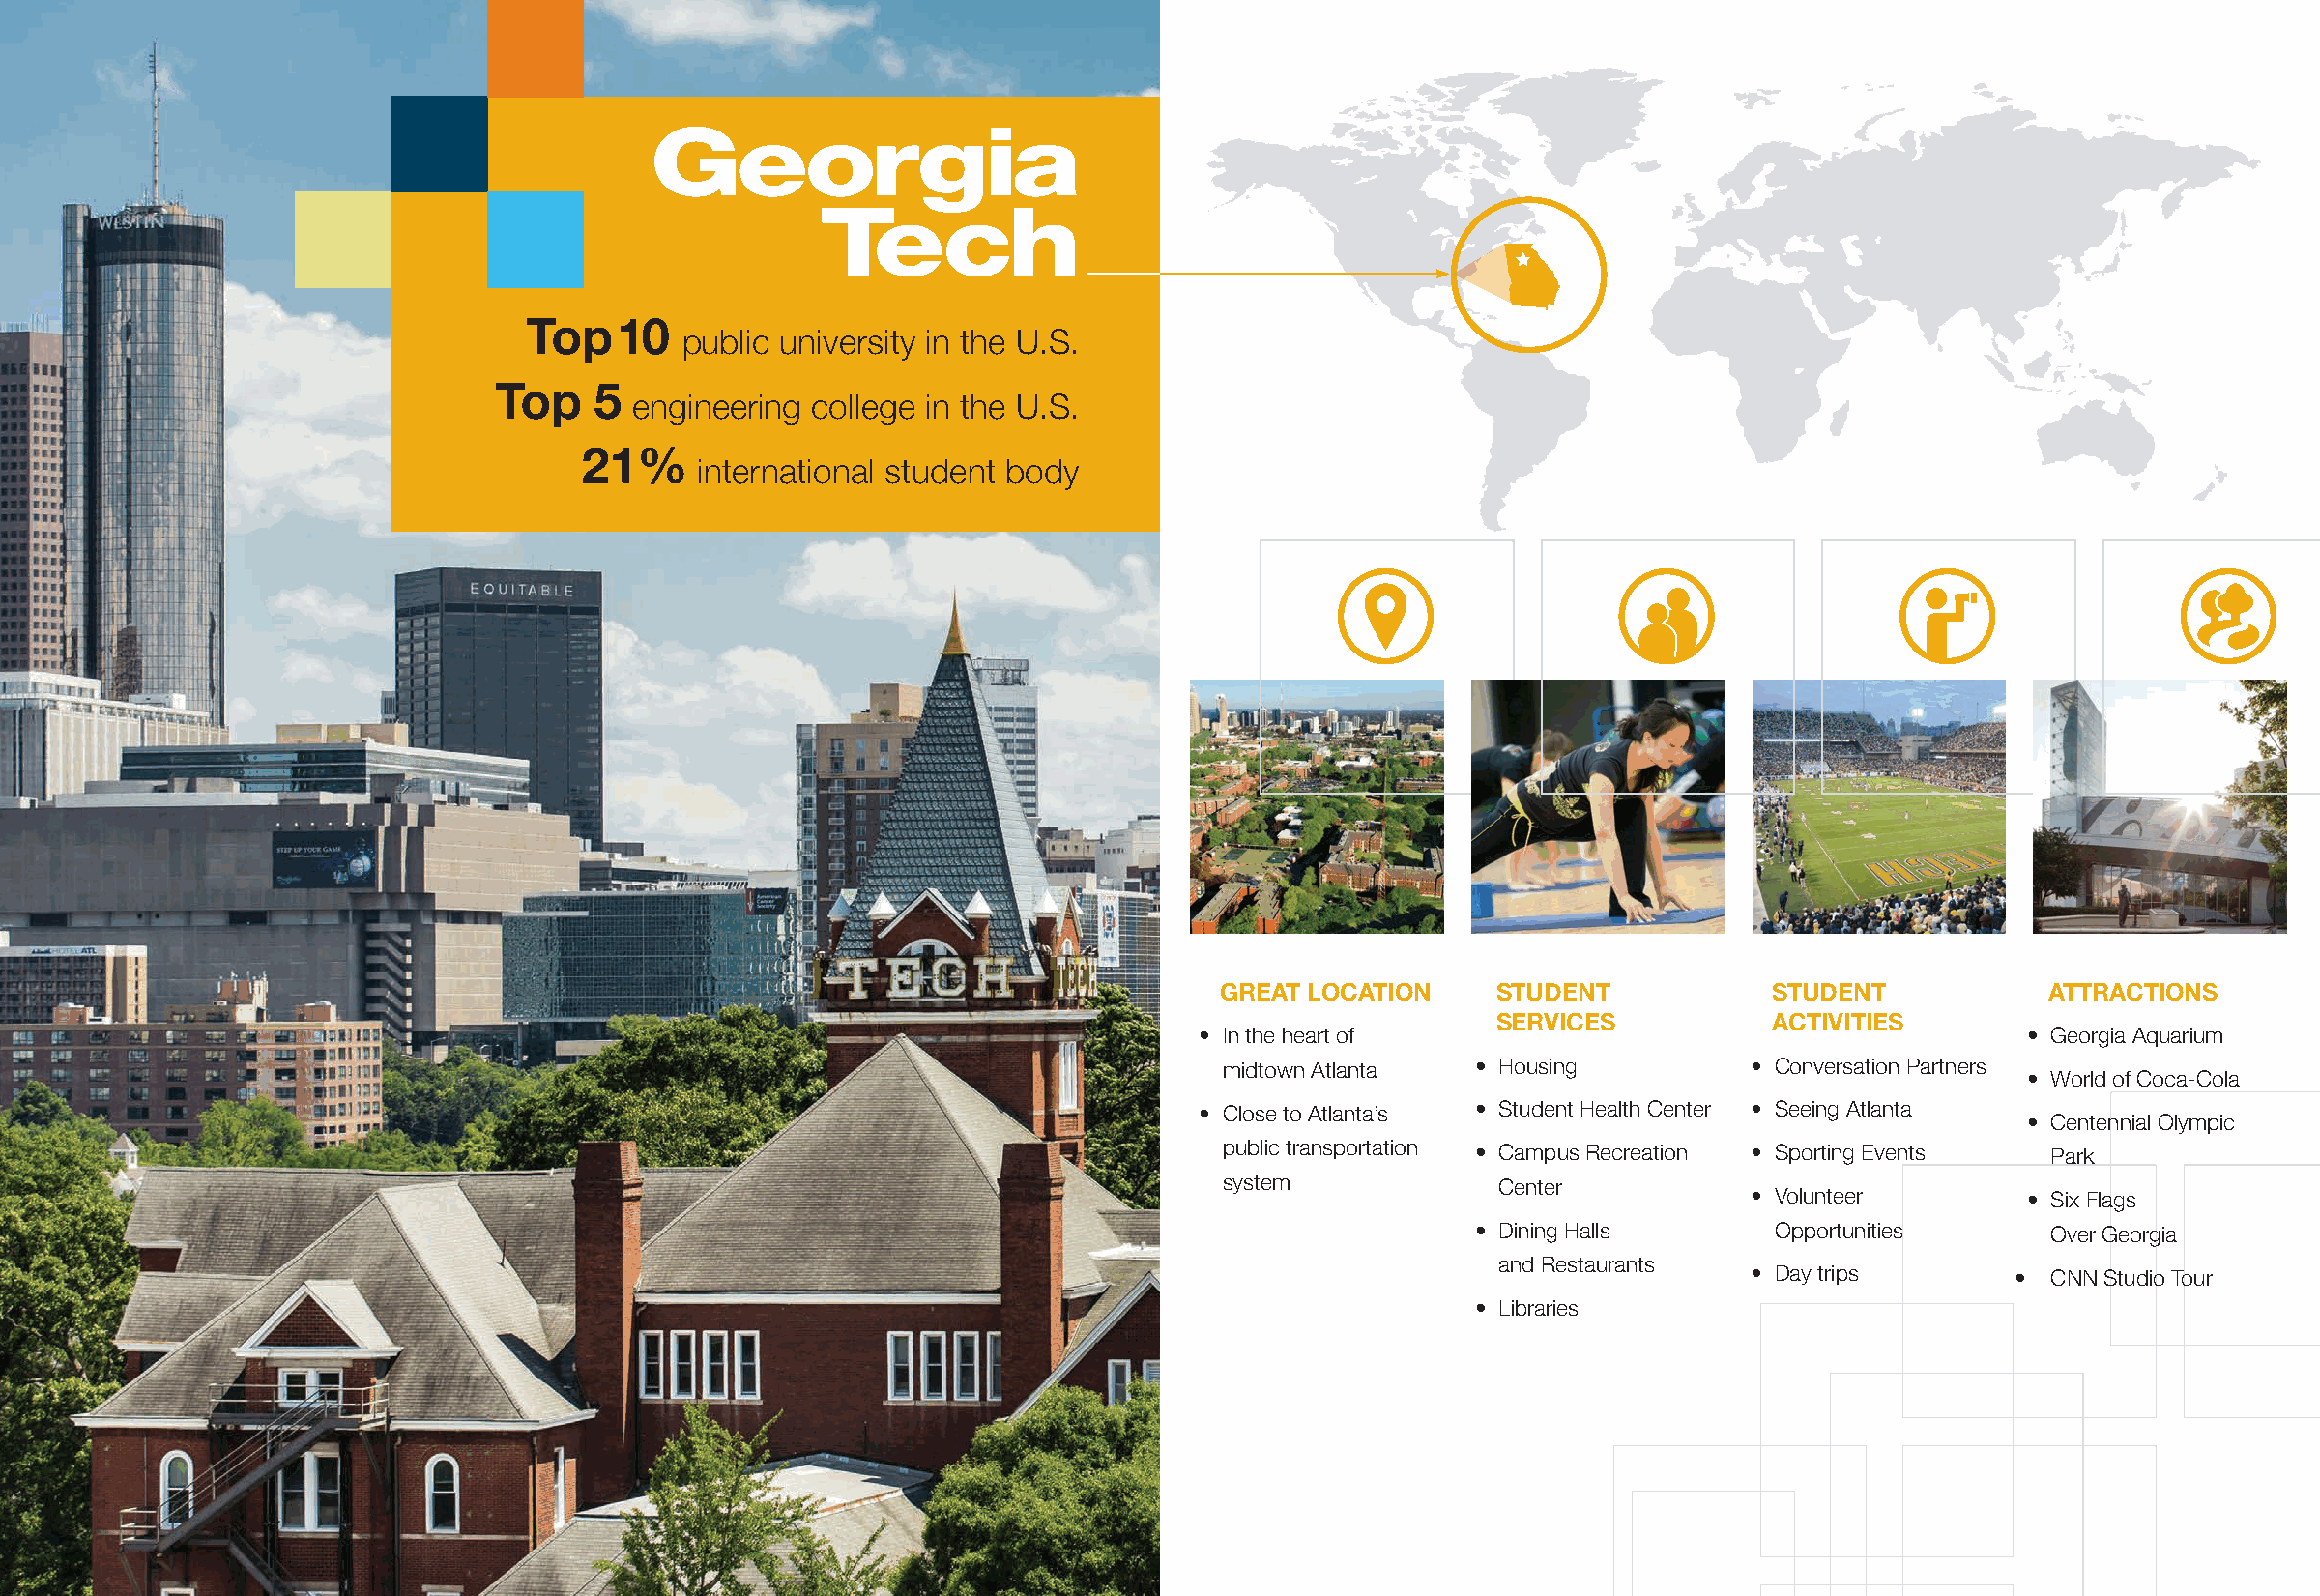
Top   10   public university in the U.S.
 Top    5 engineering  college in the U.S.
 21%     international student body
 GREAT LOCATION    STUDENT            STUDENT            ATTRACTIONS
 SERVICES           ACTIVITIES
 • In the heart of                                        • Georgia Aquarium
 midtown Atlanta  • Housing          • Conversation Partners
 • World of Coca-Cola
 • Close to Atlanta’s • Student Health Center • Seeing Atlanta
 • Centennial Olympic
 public transportation • Campus Recreation • Sporting Events Park
 system             Center
 • Volunteer        • Six Flags
 • Dining Halls       Opportunities     Over Georgia
 and Restaurants
 • Day trips       • CNN Studio Tour
 • Libraries